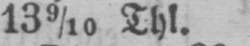
13 9/10 Thl.